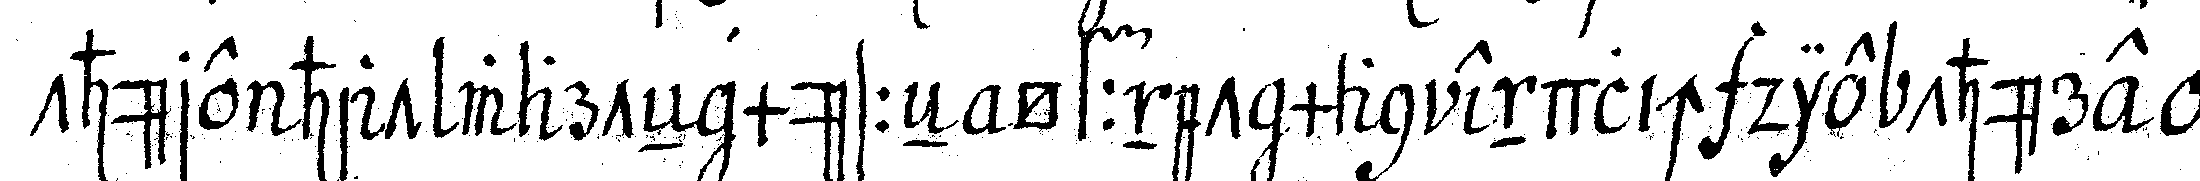
thüre hat warteN müsseN öffnet man endlich die thüre